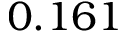
0 . 1 6 1